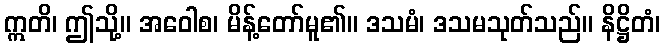
ဣတိ၊ ဤသို့။ အဝေါစ၊ မိန့်တော်မူ၏။ ဒသမံ၊ ဒသမသုတ်သည်။ နိဋ္ဌိတံ၊